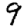
Digit: 9